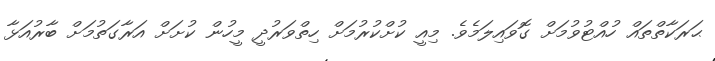
ޙަރަކާތްތައް ހުއްޓުވުމަށް ގޮވައިލަމެވެ. މިއީ ކުށްކުރުމަށް ހިތްވަރުދީ މީހުން ކުށަށް އަރާގަތުމަށް ބާރުއަޅާ